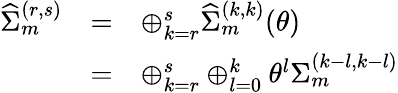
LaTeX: \begin{array}{lcl}{{{\widehat\Sigma}_{m}^{(r,s)}}}&{{=}}&{{\oplus_{k=r}^{s}{\widehat\Sigma}_{m}^{(k,k)}(\theta)}}\\ {{}}&{{=}}&{{\oplus_{k=r}^{s}\oplus_{l=0}^{k}{\theta}^{l}{\Sigma}_{m}^{(k-l,k-l)}}}\end{array}